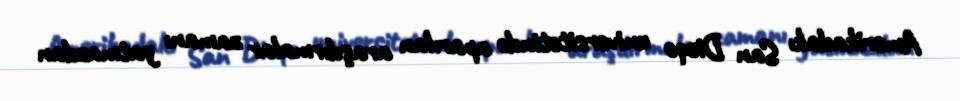
Amerikadakı San Dieqo universitetində aparılan araşdırmalar zamanı yatmazdan